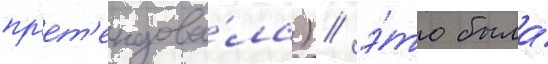
пр'ет'ендова́ла) / э́то была́